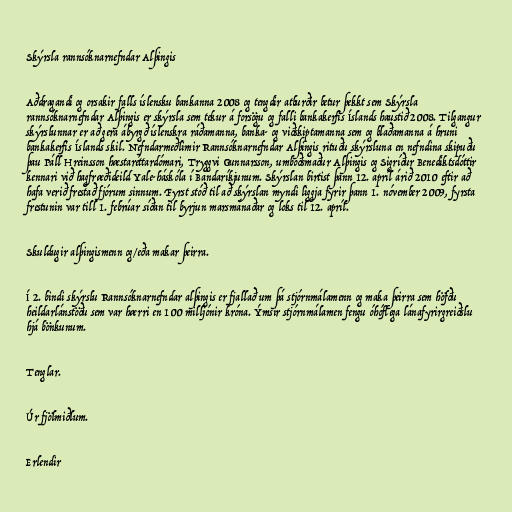
Skýrsla rannsóknarnefndar Alþingis

Aðdragandi og orsakir falls íslensku bankanna 2008 og tengdir atburðir betur þekkt sem Skýrsla
rannsóknarnefndar Alþingis er skýrsla sem tekur á forsögu og falli bankakerfis Íslands haustið 2008. Tilgangur
skýrslunnar er að gera ábyrgð íslenskra ráðamanna, banka- og viðskiptamanna sem og blaðamanna á hruni
bankakerfis Íslands skil. Nefndarmeðlimir Rannsóknarnefndar Alþingis rituðu skýrsluna en nefndina skipuðu
þau Páll Hreinsson hæstaréttardómari, Tryggvi Gunnarsson, umboðsmaður Alþingis og Sigríður Benediktsdóttir
kennari við hagfræðideild Yale-háskóla í Bandaríkjunum. Skýrslan birtist þann 12. apríl árið 2010 eftir að
hafa verið frestað fjórum sinnum. Fyrst stóð til að skýrslan myndi liggja fyrir þann 1. nóvember 2009, fyrsta
frestunin var till 1. febrúar síðan til byrjun marsmánaðar og loks til 12. apríl.

Skuldugir alþingismenn og/eða makar þeirra.

Í 2. bindi skýrslu Rannsóknarnefndar alþingis er fjallað um þá stjórnmálamenn og maka þeirra sem höfðu
heildarlánstöðu sem var hærri en 100 milljónir króna. Ýmsir stjórnmálamen fengu óhóflega lánafyrirgreiðslu
hjá bönkunum.

Tenglar.

Úr fjölmiðlum.

Erlendir